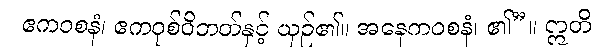
ဧကဝစနံ၊ ဧကဝုစ်ဝိဘတ်နှင့် ယှဉ်၏။ အနေကဝစနံ၊ ၏”။ ဣတိ